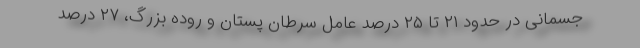
جسمانی در حدود ۲۱ تا ۲۵ درصد عامل سرطان پستان و روده بزرگ، ۲۷ درصد